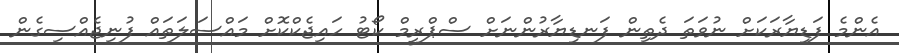
އެންމެ ފަޑިޔާރަކަށް ނުވަތަ ދެތިން ފަނޑިޔާރުންނަށް ސްޕްރީމް ކޯޓު ހައިޖެކްކޮށް މައްސަލަތައް ފުނިޖެއްސިގެން